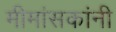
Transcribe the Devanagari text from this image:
मीमांसकांनी